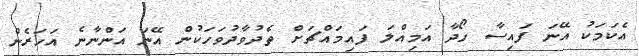
އެކަމަކު އޭނަ ފައިސާ ހޯދާ އަމިއްލަ ފައިމައްޗަށް ތެދުވާދުވަހަކުން އޭނަ އަންނާނެ އަހަރެން